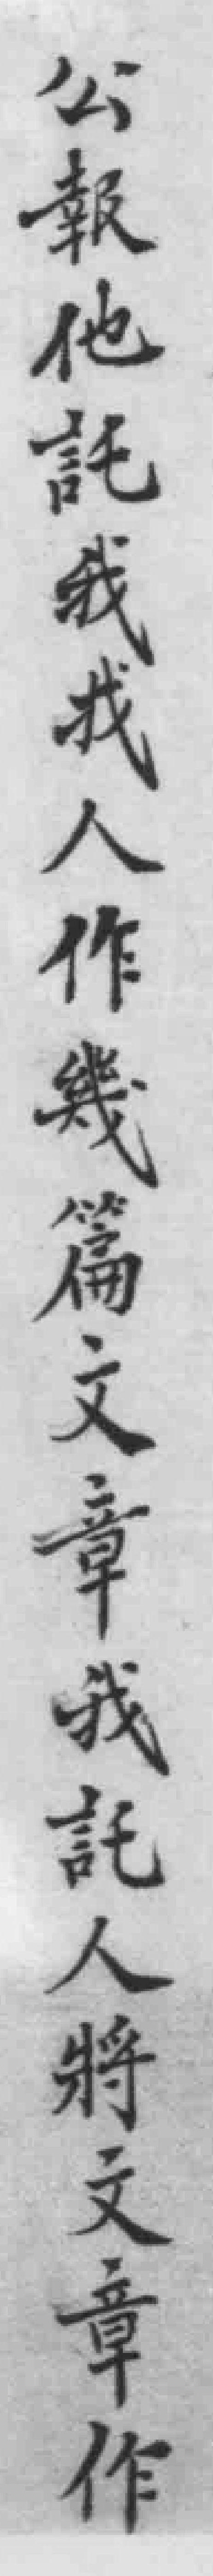
公報他託我找人作幾篇文章我託人將文章作